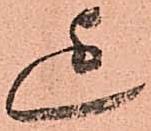
迄